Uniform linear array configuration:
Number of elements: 48
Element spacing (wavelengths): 0.75
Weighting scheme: exponential
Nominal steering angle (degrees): -30
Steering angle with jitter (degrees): -28.838
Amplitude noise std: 0.05
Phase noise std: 0.05

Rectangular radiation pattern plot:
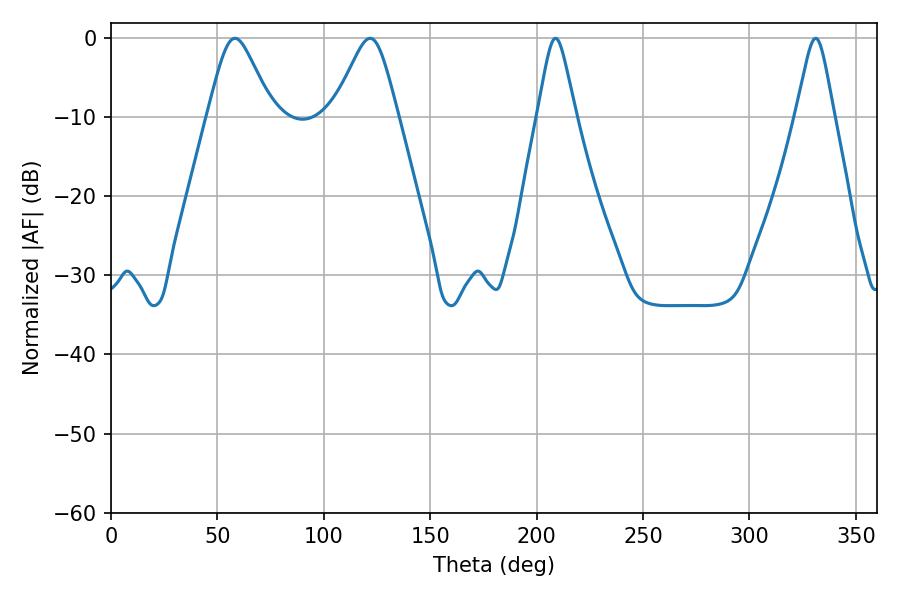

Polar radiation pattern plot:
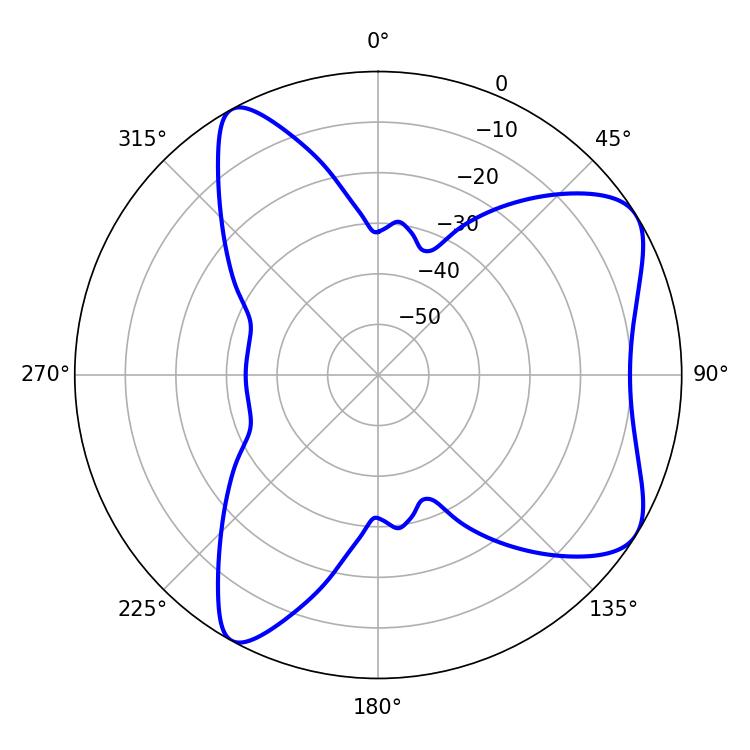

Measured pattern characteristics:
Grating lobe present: TRUE
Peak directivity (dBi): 7.199
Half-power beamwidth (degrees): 14.76
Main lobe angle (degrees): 58.32